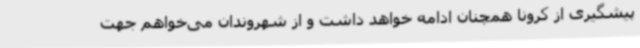
پیشگیری از کرونا همچنان ادامه خواهد داشت و از شهروندان می‌خواهم جهت